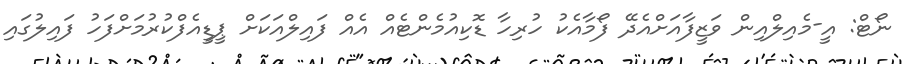
ނޯޓް: އީ-މެއިލްއިން ވަޒީފާއަށްއެދޭ ފޯމާއެކު ހުރިހާ ޑޮކިއުމެންޓެއް އެއް ފައިލްއަކަށް ޕީޑީއެފްކުރުމަށްފަހު ފައިލުގައި